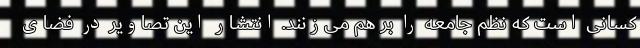
کسانی است که نظم جامعه را بر هم می‌زنند. انتشار این تصاویر در فضای